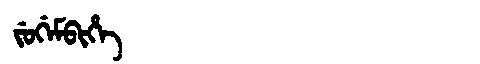
Manchu: ᠵᡠᡤᡝᠮᠪᡳᡥᡝ
Romanization: JUGEMBIHE